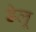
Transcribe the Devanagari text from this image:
डेलू